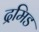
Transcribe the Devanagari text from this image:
द्रमिड